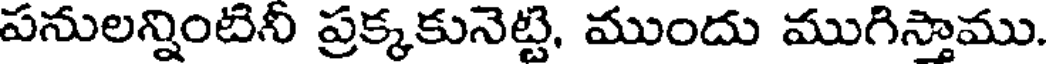
పనులన్నింటినీ ప్రక్కకునెట్టి, ముందు ముగిస్తాము.